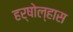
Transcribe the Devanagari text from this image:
हर्षोल्हास